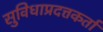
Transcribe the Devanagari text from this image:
सुविधाप्रदत्तकर्ता